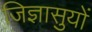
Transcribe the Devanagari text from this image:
जिज्ञासुयों